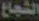
الشجاع